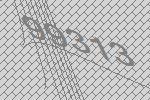
99313